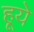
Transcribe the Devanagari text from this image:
हूये